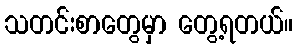
သတင်းစာတွေမှာ တွေ့ရတယ်။